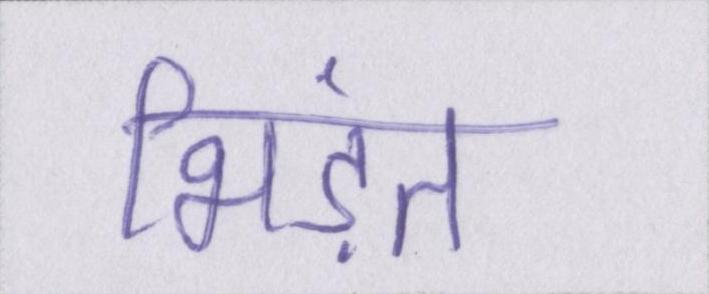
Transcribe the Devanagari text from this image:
भिड़ंत